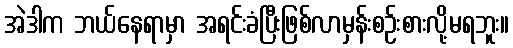
အဲဒါက ဘယ်နေရာမှာ အရင်းခံပြီးဖြစ်လာမှန်းစဉ်းစားလို့မရဘူး။